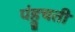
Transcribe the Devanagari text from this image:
पंहुचती